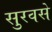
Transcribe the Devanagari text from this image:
सुरवसे